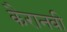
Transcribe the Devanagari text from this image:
कैरानवी